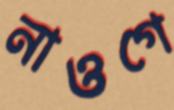
নাওগে